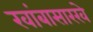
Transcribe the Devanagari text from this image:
खांबासारखे